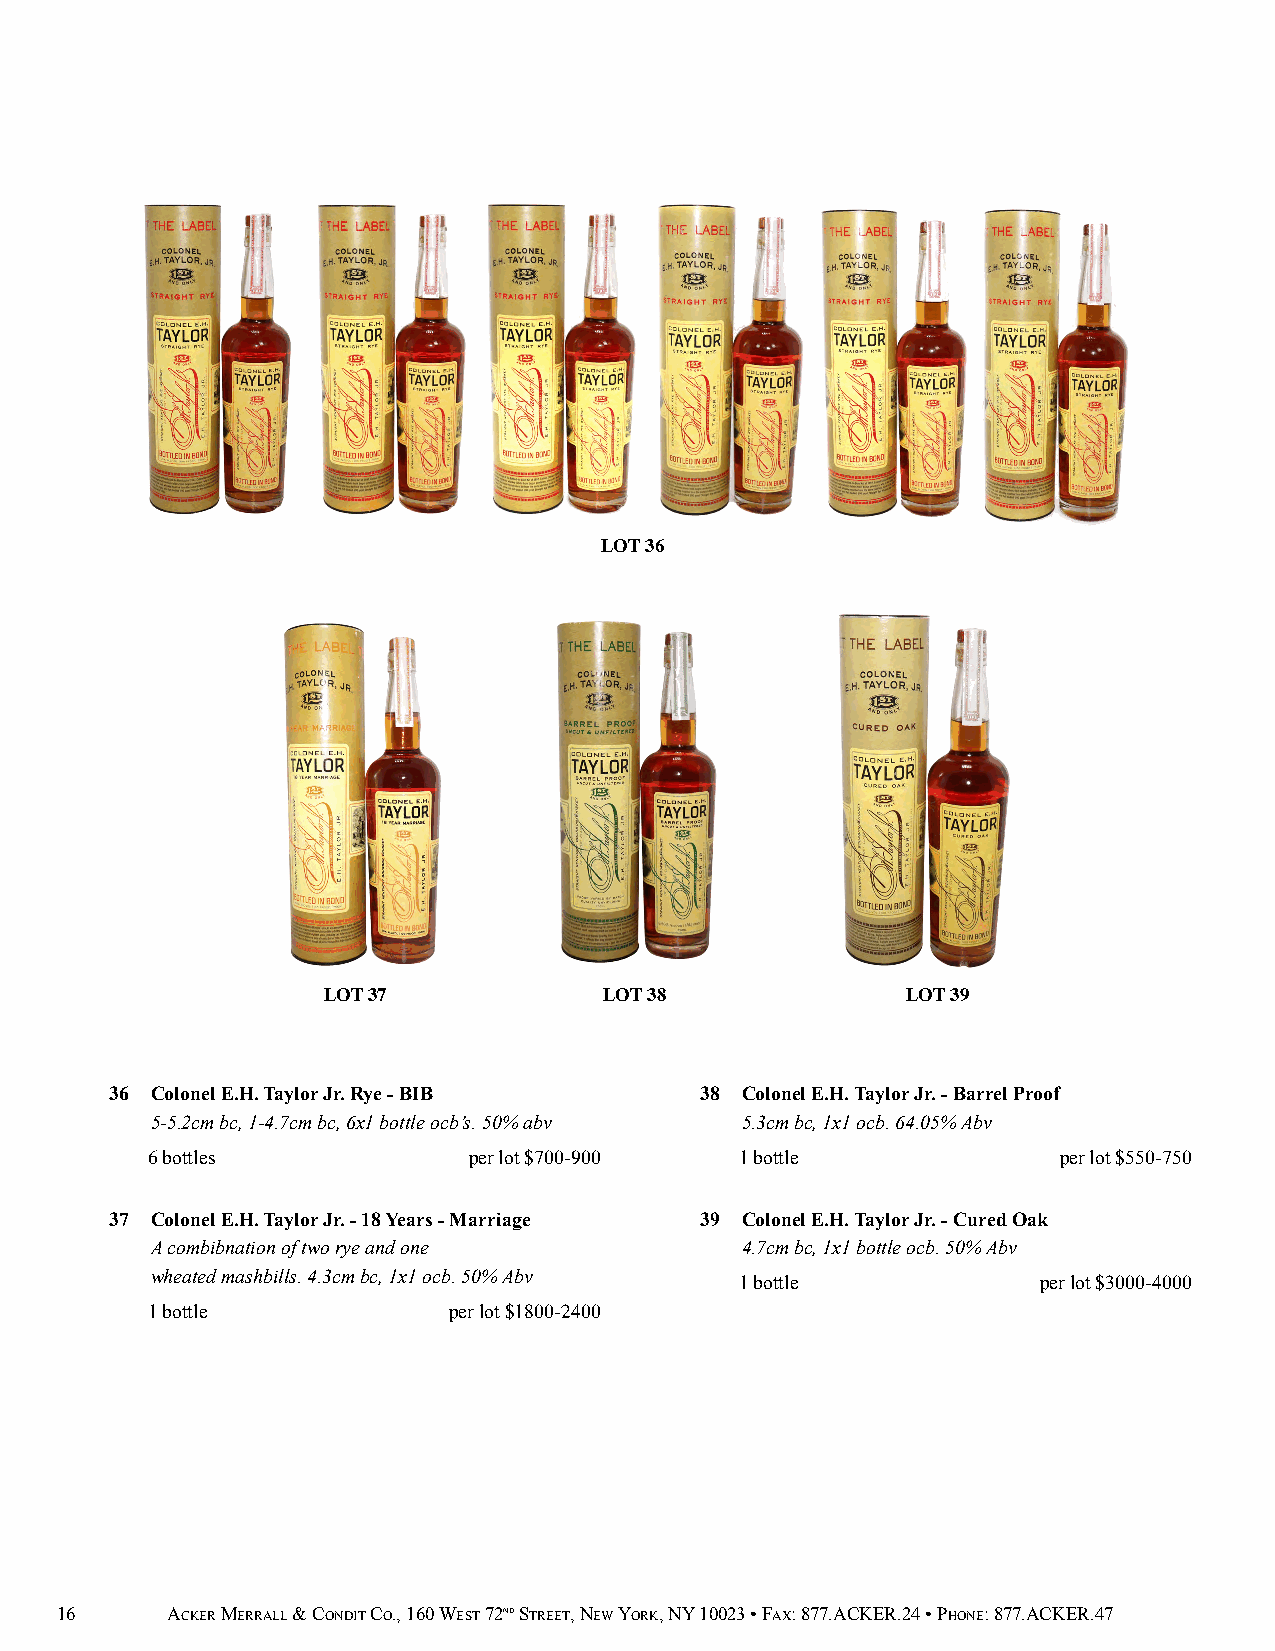
LOT 36
 LOT 37             LOT 38              LOT 39
 36 Colonel E.H. Taylor Jr. Rye - BIB   38 Colonel E.H. Taylor Jr. - Barrel Proof
 5-5.2cm bc, 1-4.7cm bc, 6x1 bottle ocb’s. 50% abv 5.3cm bc, 1x1 ocb. 64.05% Abv
 6 bottles            per lot $700-900  1 bottle             per lot $550-750
 37 Colonel E.H. Taylor Jr. - 18 Years - Marriage 39 Colonel E.H. Taylor Jr. - Cured Oak
 A combibnation of two rye and one      4.7cm bc, 1x1 bottle ocb. 50% Abv
 wheated mashbills. 4.3cm bc, 1x1 ocb. 50% Abv 1 bottle     per lot $3000-4000
 1 bottle            per lot $1800-2400
 16     ACKER MERRALL & CONDIT CO., 160 WEST 72ND STREET, NEW YORK, NY 10023 • FAX: 877.ACKER.24 • PHONE: 877.ACKER.47